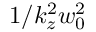
1 / k _ { z } ^ { 2 } w _ { 0 } ^ { 2 }